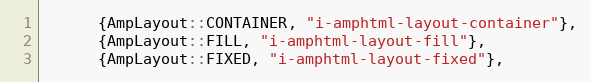
Language: C++
      {AmpLayout::CONTAINER, "i-amphtml-layout-container"},
      {AmpLayout::FILL, "i-amphtml-layout-fill"},
      {AmpLayout::FIXED, "i-amphtml-layout-fixed"},